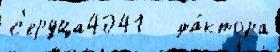
с'ердца4041   фа́ктора